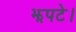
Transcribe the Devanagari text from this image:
झपटे।